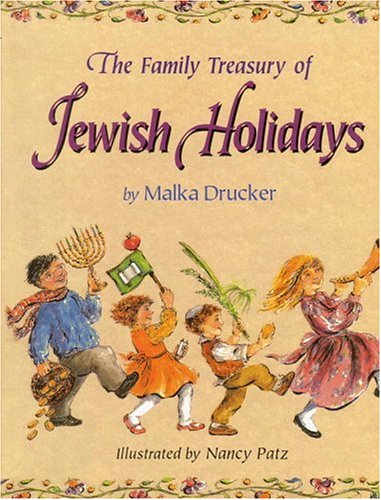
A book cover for The Family Treasury of Jewish Holidays; Malka Drucker; Teen & Young Adult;